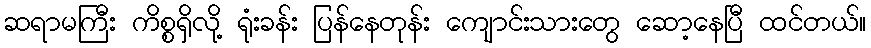
ဆရာမကြီး ကိစ္စရှိလို့ ရုံးခန်း ပြန်နေတုန်း ကျောင်းသားတွေ ဆော့နေပြီ ထင်တယ်။